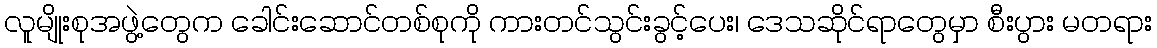
လူမျိုးစုအဖွဲ့တွေက ခေါင်းဆောင်တစ်စုကို ကားတင်သွင်းခွင့်ပေး၊ ဒေသဆိုင်ရာတွေမှာ စီးပွား မတရား